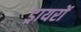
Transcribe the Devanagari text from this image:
ड्रायरों